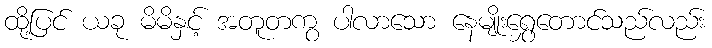
ထို့ပြင် ယခု မိမိနှင့် အတူတကွ ပါလာသော နေမျိုးရွှေတောင်သည်လည်း